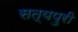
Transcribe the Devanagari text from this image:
सत्यपुरी